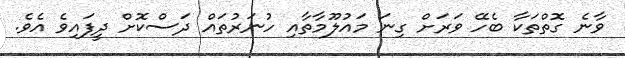
ވާނެ ގޮތްތަކާ ބެހޭ ވަރަށް ގިނަ މައުލޫމާތާއި ހުނަރުތައް ދަސްކޮށް ދީފައިވެ އެވެ.